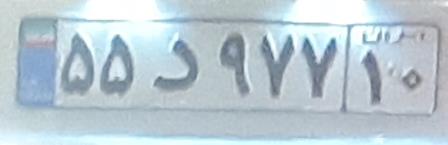
۵۵د۹۷۷۱۰